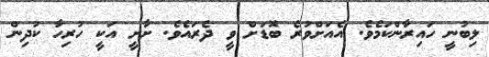
ލިބުނީ ހައިރާންކަމެވެ. އެއަށްވުރެ ބޮޑަށް ވީ ދެރައެވެ. ށާށީ އަކީ ހުރިހާ ކުދިން